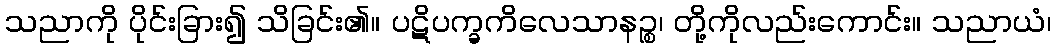
သညာကို ပိုင်းခြား၍ သိခြင်း၏။ ပဋိပက္ခကိလေသာနဉ္စ၊ တို့ကိုလည်းကောင်း။ သညာယံ၊